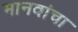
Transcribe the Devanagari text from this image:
मानवांचा